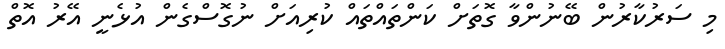
މި ސަރުކާރުން ބޭނުންވާ ގޮތަށް ކަންތައްތައް ކުރިއަށް ނުގޮސްގެން އުޅެނީ އޭރު އޮތް